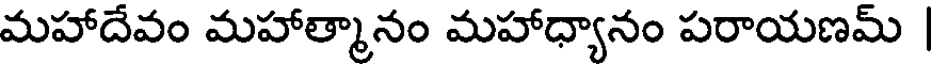
మహాదేవం మహాత్మానం మహాధ్యానం పరాయణమ్ |